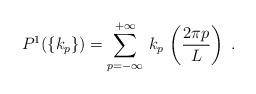
LaTeX: \begin{align*}P^1(\{k_p\})=\sum_{p=-\infty}^{+\infty}\,k_p\,\left(\frac{2\pi p}{L}\right)\ .\end{align*}